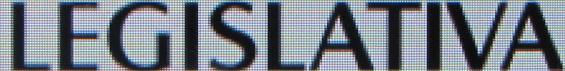
LEGISLATIVA